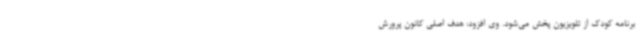
برنامه کودک از تلویزیون پخش می‌شود. وی افزود: هدف اصلی کانون پرورش